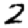
Digit: 2